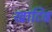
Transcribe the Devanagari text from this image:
खाटिब